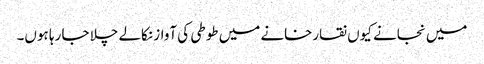
میں نجانے کیوں نقارخانے میں طوطی کی آواز نکالے چلا جا رہا ہوں۔